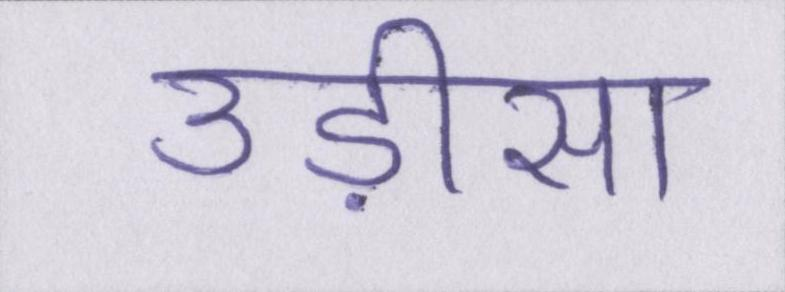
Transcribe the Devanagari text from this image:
उड़ीसा